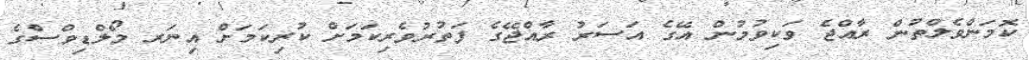
ކޮމަންވެލްތުން ރާއްޖެ ވަކިވުމުން އޭގެ އަސަރު ރާއްޖޭގެ ފަތުރުވެރިކަމަށް ކުރިކަމަށް އިނަރ މޯލްޑިވްސްގެ